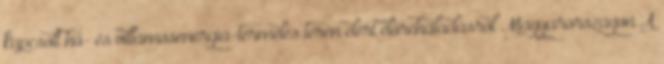
kapcsolt hő- és villamosenergia-termelés terén elért előrehaladásról Magyarországon A